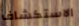
الاستكشاف